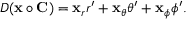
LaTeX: D ( \mathbf { x } \circ \mathbf { C } ) = \mathbf { x } _ { r } r ^ { \prime } + \mathbf { x } _ { \theta } \theta ^ { \prime } + \mathbf { x } _ { \phi } \phi ^ { \prime } .